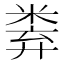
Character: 𥹻